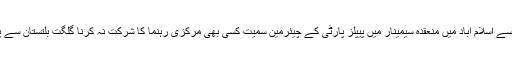
وحدت نیوز (گلگت) گلگت بلتستان کے حوالے سے اسلام آباد میں منعقدہ سیمینار میں پیپلز پارٹی کے چیئرمین سمیت کسی بھی مرکزی رہنما کا شرکت نہ کرنا گلگت بلتستان سے پیپلز پارٹی کی عدم دلچسپی کا واضح ثبوت ہے۔